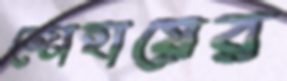
জোহায়ের